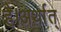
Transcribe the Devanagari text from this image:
है।अर्थात्